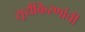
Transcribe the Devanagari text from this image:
सूर्यकिरणांची